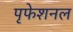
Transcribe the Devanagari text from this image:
पृफेशनल